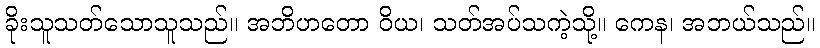
ခိုးသူသတ်သောသူသည်။ အဘိဟတော ဝိယ၊ သတ်အပ်သကဲ့သို့။ ကေန၊ အဘယ်သည်။